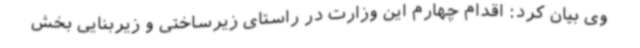
وی بیان کرد: اقدام چهارم این وزارت در راستای زیرساختی و زیربنایی بخش